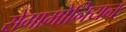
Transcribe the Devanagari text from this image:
सेंगामोनियन